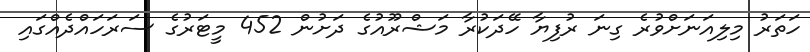
ހަތަރު މިލިއަނަށްވުރެ ގިނަ ރުފިޔާ ހޭދަކުރާ މަޝްރޫއުގެ ދަށުން 452 މީޓަރުގެ ސަރަހައްދެއްގައި